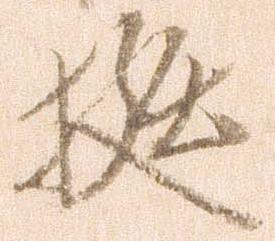
挺